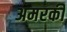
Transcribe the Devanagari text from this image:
अमरकी